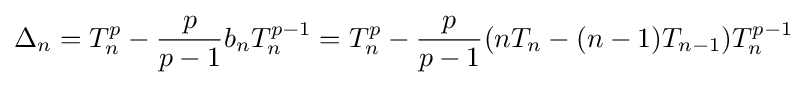
\Delta _{n}=T_{n}^{p}-{\frac {p}{p-1}}b_{n}T_{n}^{p-1}=T_{n}^{p}-{\frac {p}{p-1}}(nT_{n}-(n-1)T_{n-1})T_{n}^{p-1}